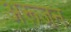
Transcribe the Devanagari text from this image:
अरूजन